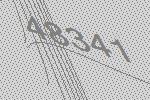
48341